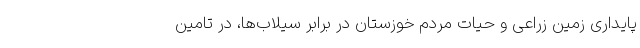
پایداری زمین زراعی و حیات مردم خوزستان در برابر سیلاب‌ها، در تامین